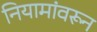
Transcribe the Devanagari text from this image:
नियामांवरून